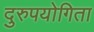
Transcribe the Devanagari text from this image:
दुरुपयोगिता